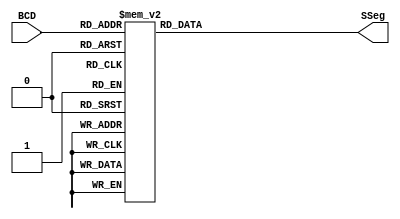
module BCDtoSSeg (BCD, SSeg);

  input [3:0] BCD;
  output reg [6:0] SSeg;
always @ ( * ) begin
  case (BCD)
   4'b0000: SSeg = 7'b0000001; // "0"  
	4'b0001: SSeg = 7'b1001111; // "1" 
	4'b0010: SSeg = 7'b0010010; // "2" 
	4'b0011: SSeg = 7'b0000110; // "3" 
	4'b0100: SSeg = 7'b1001100; // "4" 
	4'b0101: SSeg = 7'b0100100; // "5" 
	4'b0110: SSeg = 7'b0100000; // "6" 
	4'b0111: SSeg = 7'b0001111; // "7" 
	4'b1000: SSeg = 7'b0000000; // "8"  
	4'b1001: SSeg = 7'b0000100; // "9" 
   4'ha: SSeg = 7'b0001000;  
   4'hb: SSeg = 7'b1100000;
   4'hc: SSeg = 7'b0110001;
   4'hd: SSeg = 7'b1000010;
   4'he: SSeg = 7'b0110000;
   4'hf: SSeg = 7'b0111000;
    default:
    SSeg = 0;
  endcase
end

endmodule